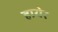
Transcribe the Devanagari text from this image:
हायेर